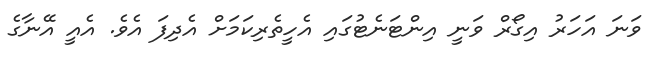
ވަނަ އަހަރު އިގޯރް ވަނީ އިންޓަނެޓުގައި އެހީތެރިކަމަށް އެދިފަ އެވެ. އެއީ އޭނާގެ